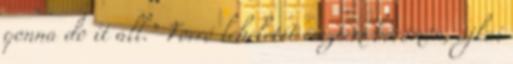
gonna do it all.” Forró leheletét éreztem bőrömön, ajkai